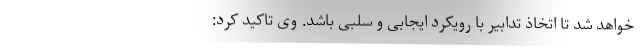
خواهد شد تا اتخاذ تدابیر با رویکرد ایجابی و سلبی باشد. وی تاکید کرد: